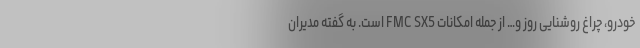
خودرو، چراغ روشنایی روز و… از جمله امکانات FMC SX5 است. به گفته مدیران